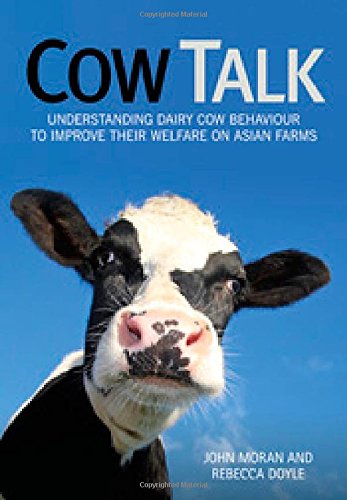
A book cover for Cow Talk: Understanding Dairy Cow Behaviour to Improve Their Welfare on Asian Farms; John Moran; Medical Books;